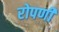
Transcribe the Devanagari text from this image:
रोपणी